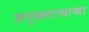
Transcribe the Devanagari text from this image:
जनुकशास्त्राच्या